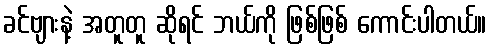
ခင်ဗျားနဲ့ အတူတူ ဆိုရင် ဘယ်ကို ဖြစ်ဖြစ် ကောင်းပါတယ်။